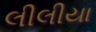
લીલીયા